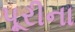
પૂરીના